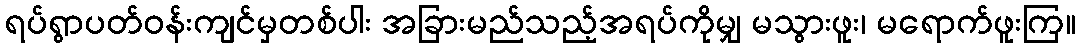
ရပ်ရွာပတ်ဝန်းကျင်မှတစ်ပါး အခြားမည်သည့်အရပ်ကိုမျှ မသွားဖူး၊ မရောက်ဖူးကြ။